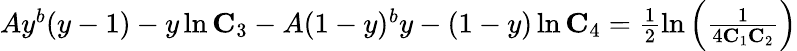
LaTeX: \begin{array}{r}{Ay^{b}(y-1)-y\ln\mathbf{C}_{3}-A(1-y)^{b}y-(1-y)\ln\mathbf{C}_{4}=\frac{1}{2}\ln\left(\frac{1}{4\mathbf{C}_{1}\mathbf{C}_{2}}\right)}\end{array}